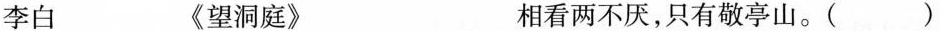
李白 《望洞庭》 相看两不厌，只有敬亭山。（）